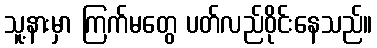
သူ့နားမှာ ကြက်မတွေ ပတ်လည်ဝိုင်းနေသည်။